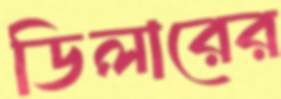
ডিলারের